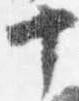
十